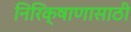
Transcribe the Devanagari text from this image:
निरिक्षाणासाठी